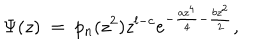
\Psi ( z ) \ = \ p _ { n } ( z ^ { 2 } ) z ^ { l - c } e ^ { - { \frac { a z ^ { 4 } } { 4 } } - { \frac { b z ^ { 2 } } { 2 } } } ,